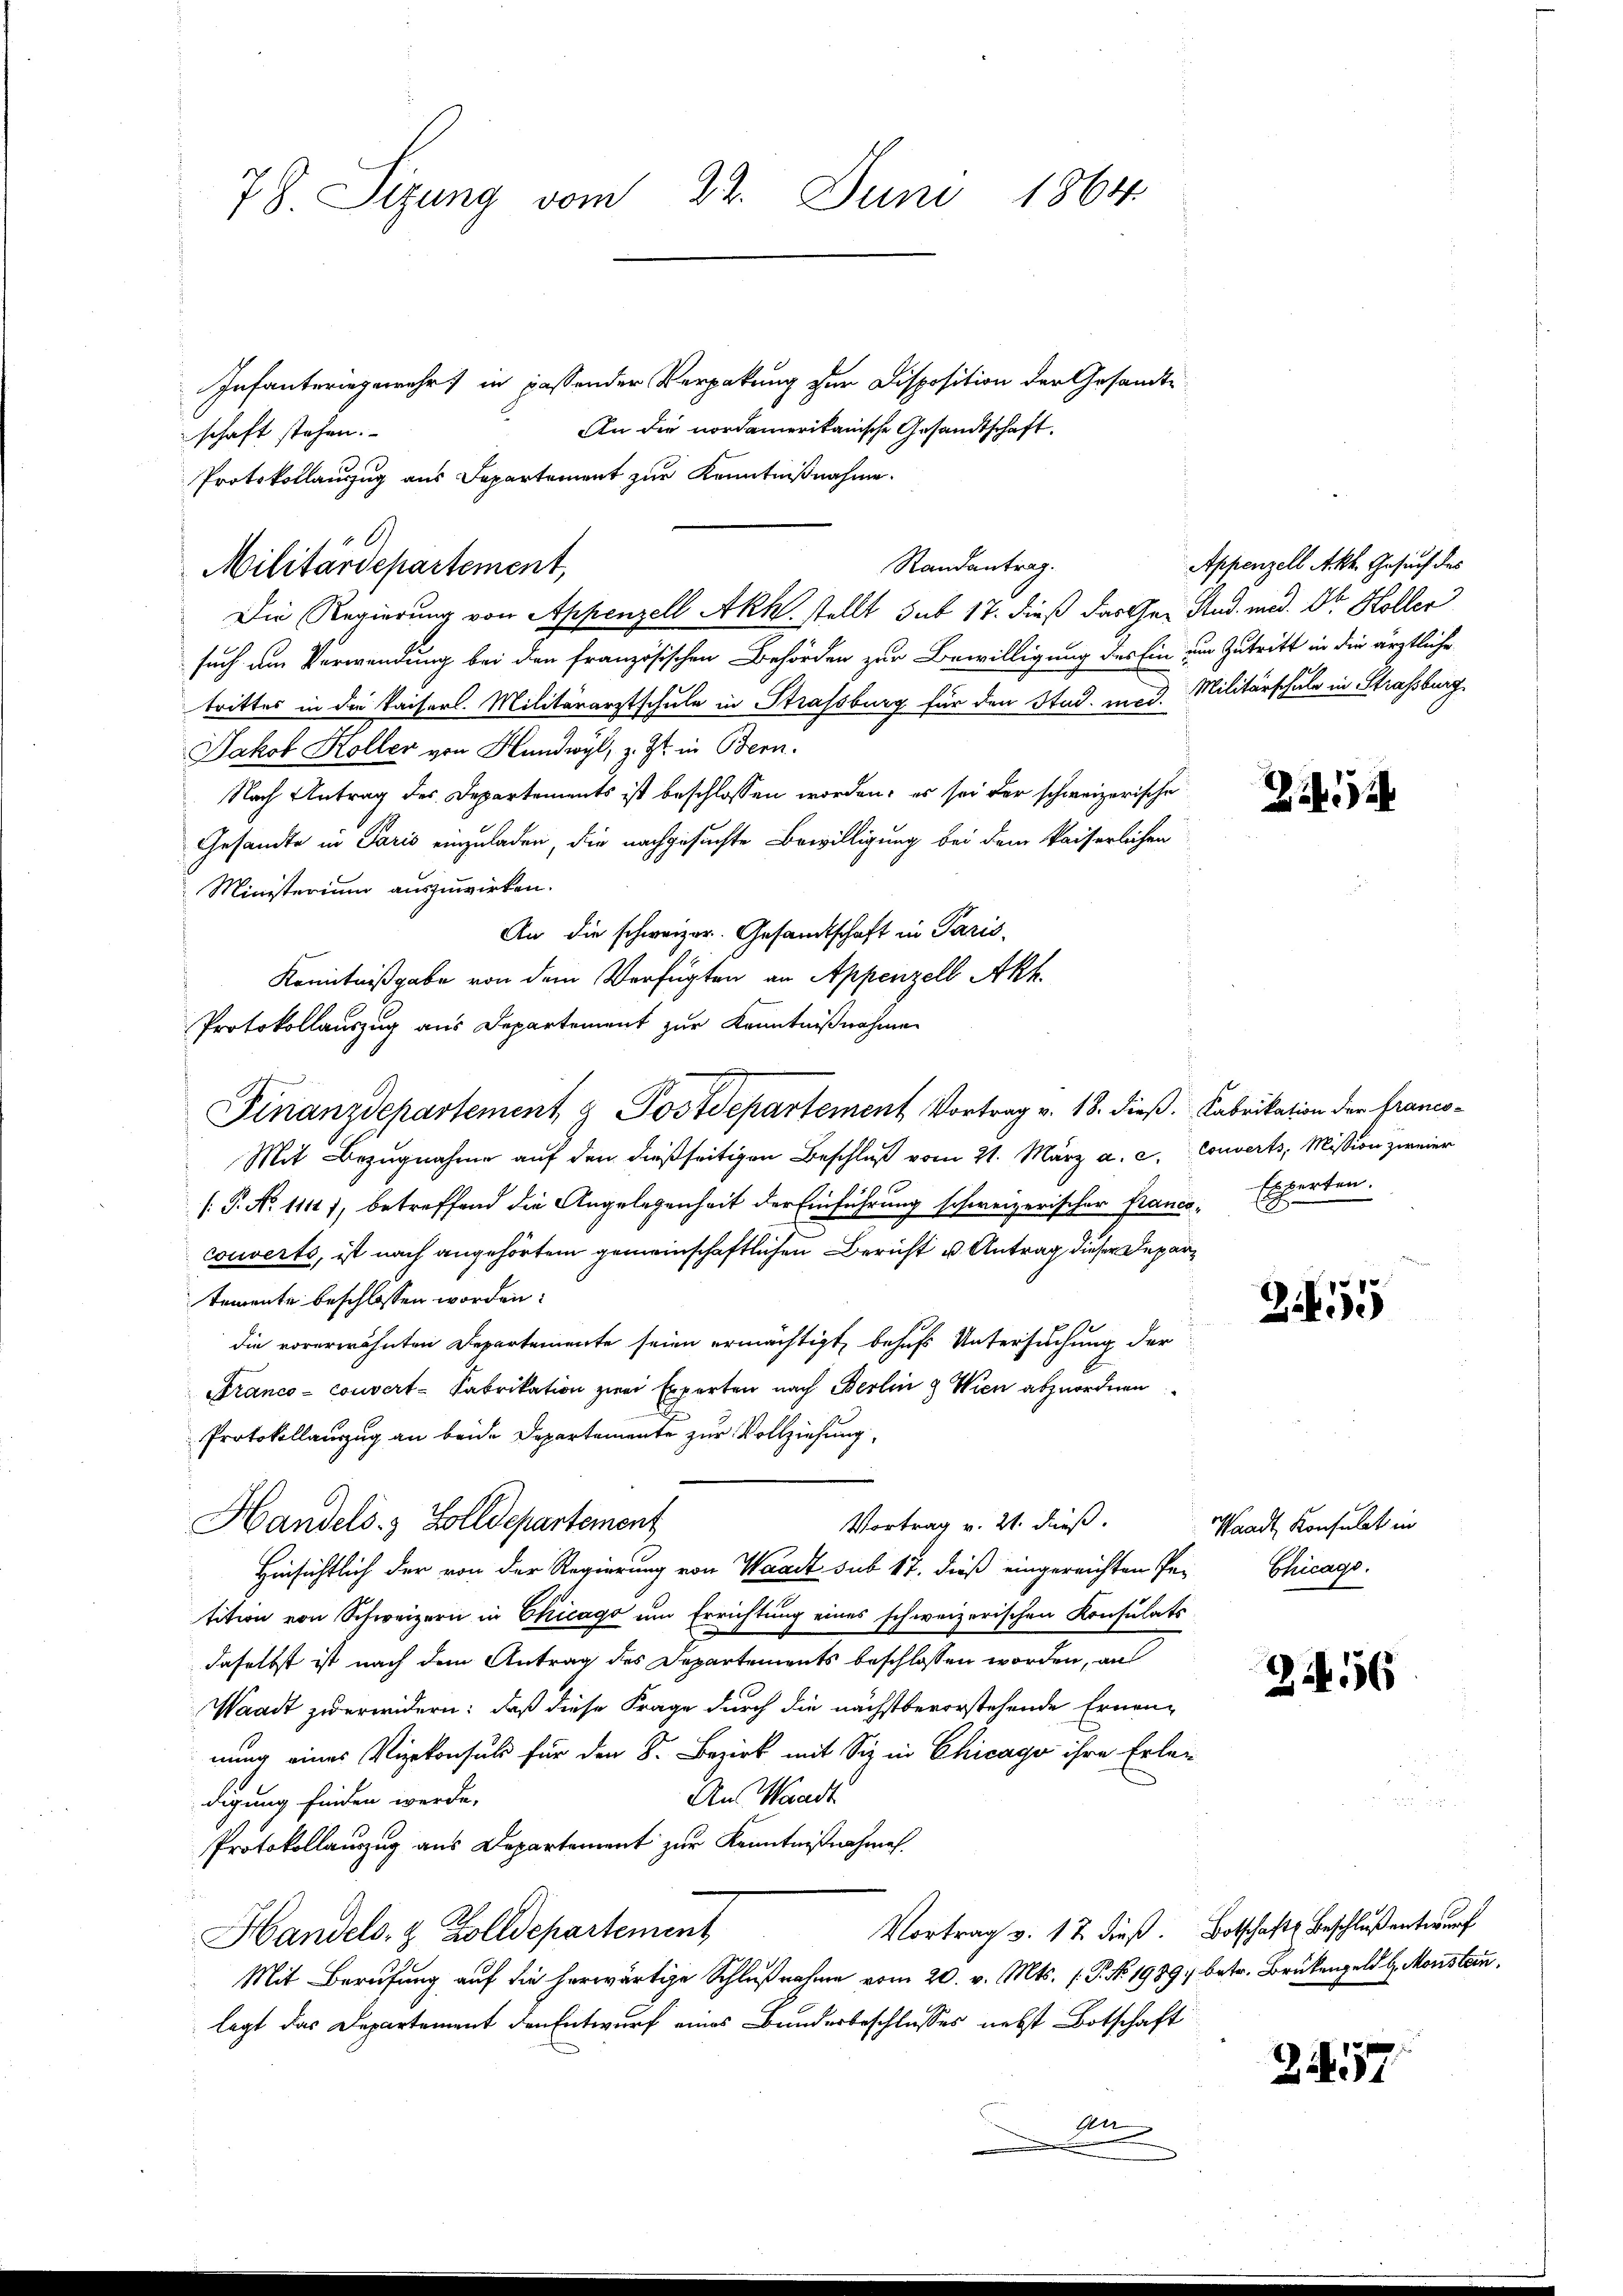
78. Sizung vom 22. Juni 1864

Infanteringewehr in passender Verpakung zur Disposition der Gesandte
An die nordamerikanische Gesandtschaft.
schaft stehen.
Protokollauszug aus Separtement zur Kenntnißnahme.
Die Regierung von Appenzell Akk. stellt sub 17. dieß das Ge- Stud. med. Dr. Koller
such um Verwendung bei den französischen Behörden zur Bewilligung des Ein um Zutritt in die ärztliche
trittes in die Kaiserl. Militärarztschule in Strassburg für den Stud. med. Militärschule in Strassburg
Jakob Koller von Hundwyl, z. Zt. in Bern.
Nach Antrag des Departements ist beschlossen worden; es sei der schweizerische
Gesandte in Paris einzuladen, die nachgesuchte Bewilligung bei dem kaiserlichen
Ministerium auszuwirken.
An die schweizer. Gesandtschaft in Paris,
Kenntnißgabe von dem Verfügten an Appenzell Akt
Protokollauszug aus Departement zur Kenntnißnahme
Finanzdepartement & Postdepartement Vortrag v. 18. dieß. Fabrikation der franco¬
Mit Bezugnahme auf den dießseitigen Beschluß vom 21. März a. c. Couverts, Mission zweier
[.P. No 11117, betreffend die Angelegenheit der Einführung schweizerischer Franco-Experten.
couverte, ist nach angehörtem gemeinschaftlichen Bericht u. Antrag dieser Departemente beschlossen worden:
die vorerwähnten Departemente seien ermächtigt, behufs Untersuchung der
Franco-couvert-Fabrikation zwei Experten nach Berlin & Wien abzuordnen
Protokollauszug an beide Departemente zur Vollziehung,
Vortrag v. 21. dieß.
Handels- & Zolldepartement,
Hinsichtlich der von der Regierung von Waadt sub 17. dieß eingereichten Pe-Chicago
tition von Schweizern in Chicago um Errichtung eines schweizerischen Konsulats
daselbst ist nach dem Antrag des Departements beschlossen worden, au
Waadt zu erwidern: daß diese Frage durch die nächstbevorstehende Ernen-
nung eines Vizekonsuls für den 8. Bezirk mit Siz in Chicago ihre Erlag
Aus Waadt
digung finden werde.
Protokollauszug aus Departement zur Kenntnißnahmen.
Vortrag v. 12 dieß. Botschafts Beschluß entwurf
Handels- & Zolldepartement
Mit Berufung auf die herwärtige Schlußnahme vom 20. v. Mts. f. P. No. 1989, betr. Brükengeld u. Monstan
legt das Departement den Entwurf eines Banderbeschlusses nebst Botschaft
An

A.
Randantrag.
Militärdepartement,

Appenzell Akt. Gesuch des

Zi

Zi5

Waadt, Konsulat in

2456

257